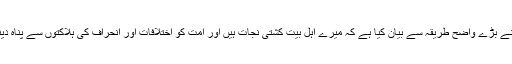
پیغمبر اسلام نے بڑے واضح طریقہ سے بیان کیا ہے کہ میرے اہلِ بیت کشتیِ نجات ہیں اور اُمت کو اختلافات اور انحراف کی ہلاکتوں سے پناہ دینے والے ہیں۔